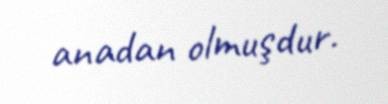
anadan olmuşdur.